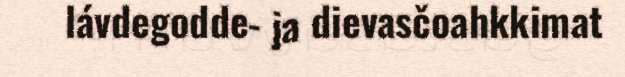
lávdegodde- ja dievasčoahkkimat